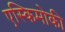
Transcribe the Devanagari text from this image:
एस्किमोकी